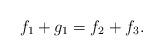
LaTeX: \begin{align*}f_1+g_1=f_2+f_3.\end{align*}